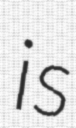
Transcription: is